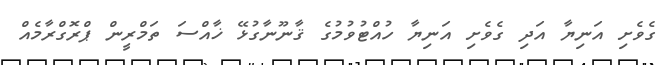
ގެވެށި އަނިޔާ އަދި ގެވެށި އަނިޔާ ހުއްޓުވުމުގެ ޤާނޫނާގުޅޭ ޚާއްސަ ތަމްރީން ޕްރޮގްރާމެއް